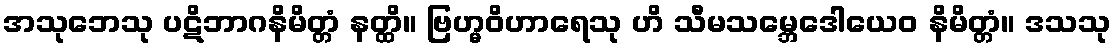
အသုဘေသု ပဋိဘာဂနိမိတ္တံ နတ္ထိ။ ဗြဟ္မဝိဟာရေသု ဟိ သီမသမ္ဘေဒေါယေဝ နိမိတ္တံ။ ဒသသု